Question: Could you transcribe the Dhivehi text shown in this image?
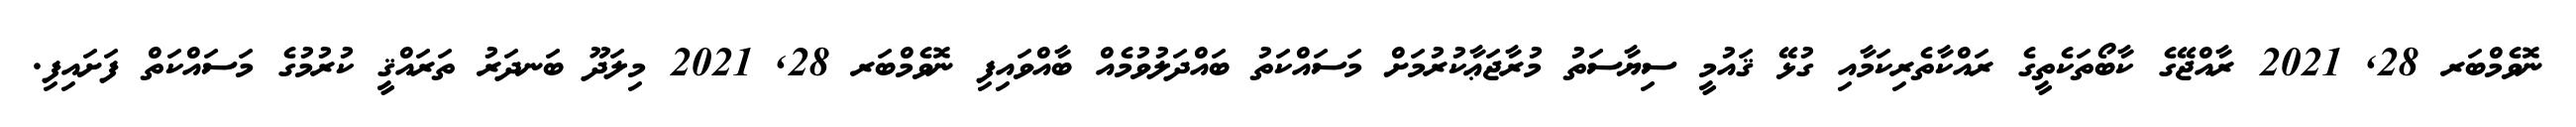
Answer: ނޮވެމްބަރ 28, 2021 ރާއްޖޭގެ ކާބޯތަކެތީގެ ރައްކާތެރިކަމާއި ގުޅޭ ޤައުމީ ސިޔާސަތު މުރާޖަޢާކުރުމަށް މަސައްކަތު ބައްދަލުވުމެއް ބާއްވައިފި ނޮވެމްބަރ 28, 2021 މިލަދޫ ބަނދަރު ތަރައްޤީ ކުރުމުގެ މަސައްކަތް ފަށައިފި.